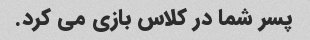
پسر شما در کلاس بازی می کرد.